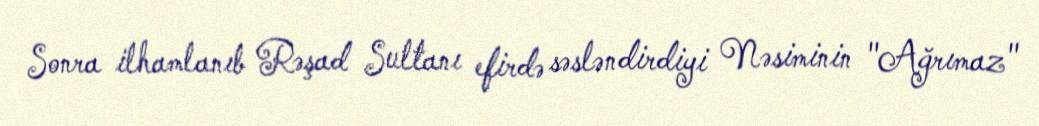
Sonra ilhamlanıb Rəşad Sultanı efirdə səsləndirdiyi Nəsiminin "Ağrımaz"